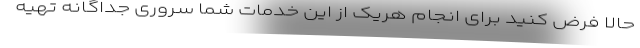
حالا فرض کنید برای انجام هریک از این خدمات شما سروری جداگانه تهیه